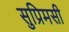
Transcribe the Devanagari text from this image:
सुप्रिमसी